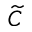
\widetilde { C }